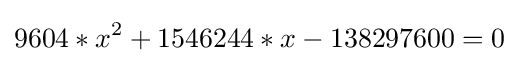
9604*x^{2}+1546244*x-138297600=0